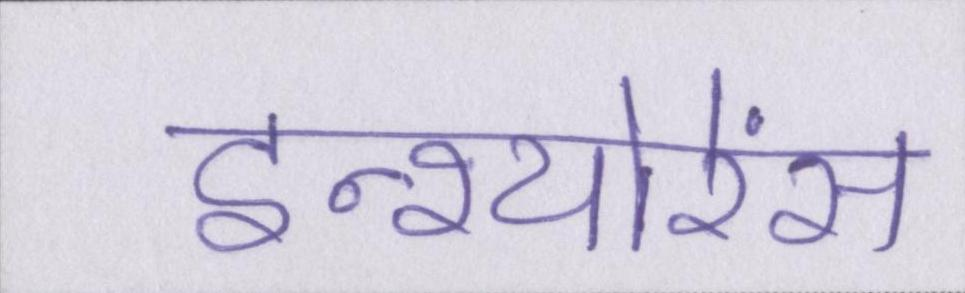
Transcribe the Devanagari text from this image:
इन्श्योरेंस